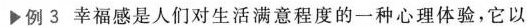
福感是人们对生活满意程度的一种心理体验，它以